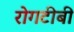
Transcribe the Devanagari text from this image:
रोगटीबी